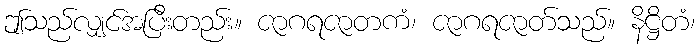
ဤသည်လျှင်အပြီးတည်း။ ဇာဂရဇာတကံ၊ ဇာဂရဇာတ်သည်။ နိဋ္ဌိတံ၊